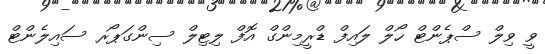
ވީ ވިލް ސްޕެންޓް ހޯލް ލައިފް ޑްރީމިންގް އޮފް ލިޓިލް ސިންގަޕޯރ ސައިލެންޓް